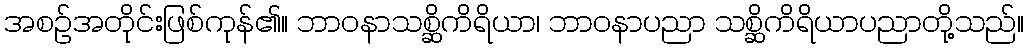
အစဉ်အတိုင်းဖြစ်ကုန်၏။ ဘာဝနာသစ္ဆိကိရိယာ၊ ဘာဝနာပညာ သစ္ဆိကိရိယာပညာတို့သည်။